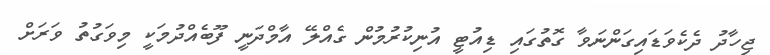
ޖިހާދު ދެކެވަޑައިގަންނަވާ ގޮތުގައި ޑިއުޓީ އުނިކުރުމުން ގެއްލޭ އާމްދަނީ ފޫބެއްދުމަކީ މިވަގުތު ވަރަށް